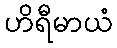
ဟိရီမာယံ